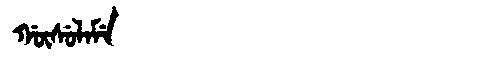
Manchu: ᡤᡡᠰᡠᠯᠠᠮᡝ
Romanization: GŪSULAME